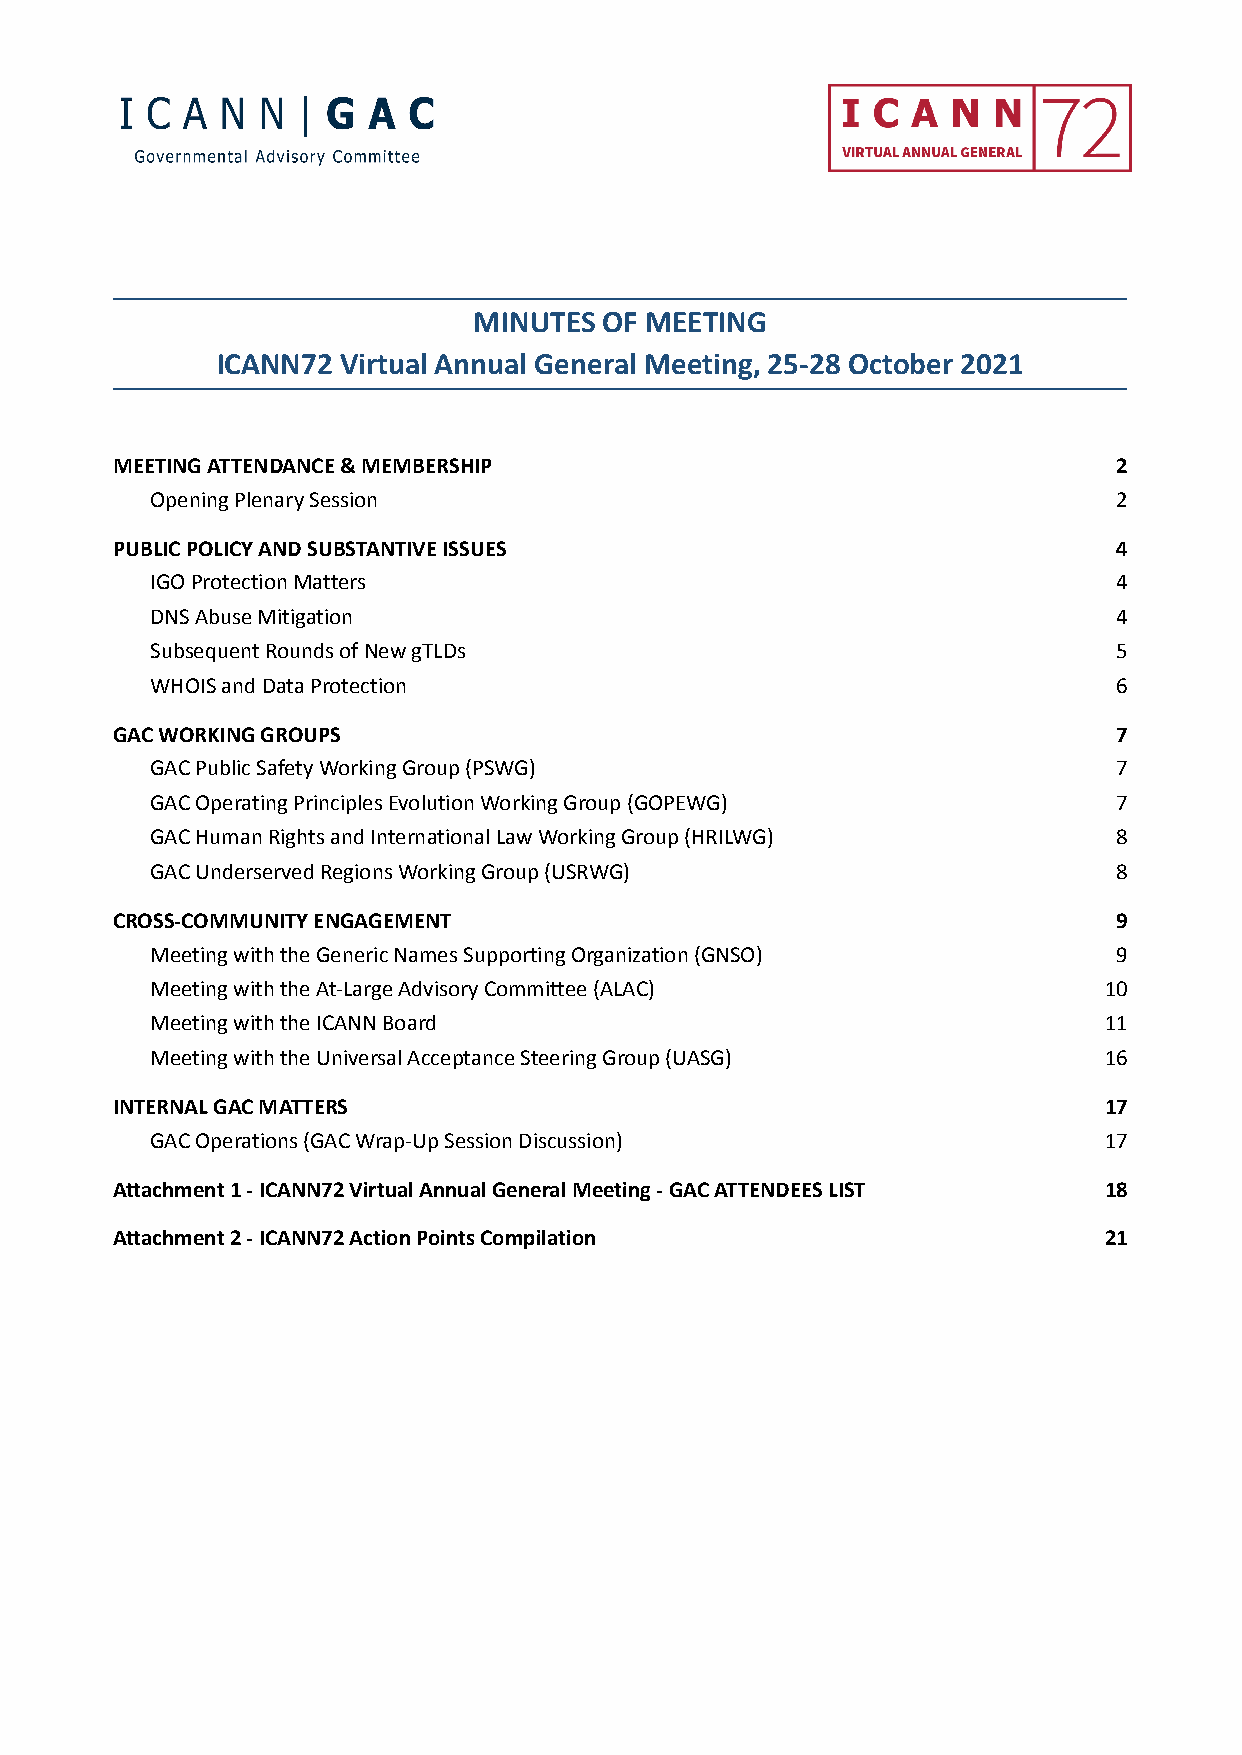
MINUTES  OF MEETING
 ICANN72  Virtual Annual General Meeting, 25-28 October 2021
 MEETING ATTENDANCE & MEMBERSHIP                                    2
 Opening Plenary Session                                         2
 PUBLIC POLICY AND SUBSTANTIVE ISSUES                               4
 IGO Protection Matters                                          4
 DNS Abuse Mitigation                                            4
 Subsequent Rounds of New gTLDs                                  5
 WHOIS and Data Protection                                       6
 GAC WORKING GROUPS                                                 7
 GAC Public Safety Working Group (PSWG)                          7
 GAC Operating Principles Evolution Working Group (GOPEWG)       7
 GAC Human Rights and International Law Working Group (HRILWG)   8
 GAC Underserved Regions Working Group (USRWG)                   8
 CROSS-COMMUNITY ENGAGEMENT                                         9
 Meeting with the Generic Names Supporting Organization (GNSO)   9
 Meeting with the At-Large Advisory Committee (ALAC)            10
 Meeting with the ICANN Board                                   11
 Meeting with the Universal Acceptance Steering Group (UASG)    16
 INTERNAL GAC MATTERS                                              17
 GAC Operations (GAC Wrap-Up Session Discussion)                17
 Attachment 1 - ICANN72 Virtual Annual General Meeting - GAC ATTENDEES LIST 18
 Attachment 2 - ICANN72 Action Points Compilation                  21